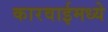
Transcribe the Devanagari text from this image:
कारवाईमध्ये